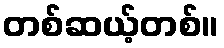
တစ်ဆယ့်တစ်။